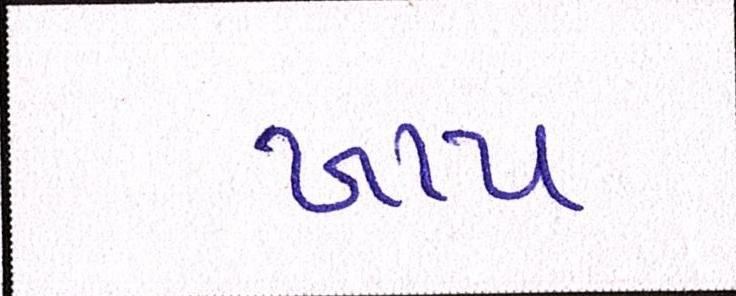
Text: ખાય